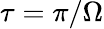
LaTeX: \tau=\pi/\Omega